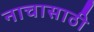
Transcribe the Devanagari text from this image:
नाचासाठी